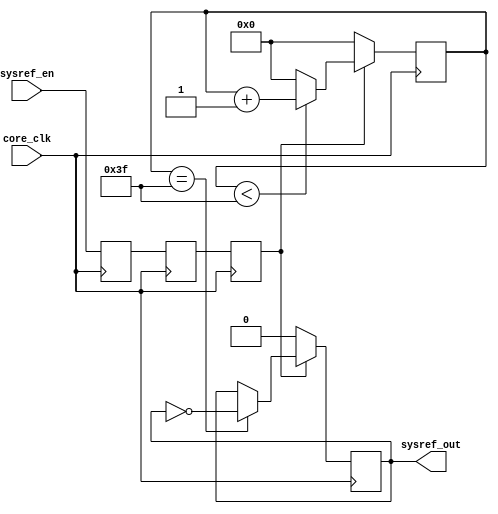
// ***************************************************************************
// ***************************************************************************
// Copyright 2016(c) Analog Devices, Inc.
//
// All rights reserved.
//
// Redistribution and use in source and binary forms, with or without modification,
// are permitted provided that the following conditions are met:
//     - Redistributions of source code must retain the above copyright
//       notice, this list of conditions and the following disclaimer.
//     - Redistributions in binary form must reproduce the above copyright
//       notice, this list of conditions and the following disclaimer in
//       the documentation and/or other materials provided with the
//       distribution.
//     - Neither the name of Analog Devices, Inc. nor the names of its
//       contributors may be used to endorse or promote products derived
//       from this software without specific prior written permission.
//     - The use of this software may or may not infringe the patent rights
//       of one or more patent holders.  This license does not release you
//       from the requirement that you obtain separate licenses from these
//       patent holders to use this software.
//     - Use of the software either in source or binary form, must be run
//       on or directly connected to an Analog Devices Inc. component.
//
// THIS SOFTWARE IS PROVIDED BY ANALOG DEVICES "AS IS" AND ANY EXPRESS OR IMPLIED WARRANTIES,
// INCLUDING, BUT NOT LIMITED TO, NON-INFRINGEMENT, MERCHANTABILITY AND FITNESS FOR A
// PARTICULAR PURPOSE ARE DISCLAIMED.
//
// IN NO EVENT SHALL ANALOG DEVICES BE LIABLE FOR ANY DIRECT, INDIRECT, INCIDENTAL, SPECIAL,
// EXEMPLARY, OR CONSEQUENTIAL DAMAGES (INCLUDING, BUT NOT LIMITED TO, INTELLECTUAL PROPERTY
// RIGHTS, PROCUREMENT OF SUBSTITUTE GOODS OR SERVICES; LOSS OF USE, DATA, OR PROFITS; OR
// BUSINESS INTERRUPTION) HOWEVER CAUSED AND ON ANY THEORY OF LIABILITY, WHETHER IN CONTRACT,
// STRICT LIABILITY, OR TORT (INCLUDING NEGLIGENCE OR OTHERWISE) ARISING IN ANY WAY OUT OF
// THE USE OF THIS SOFTWARE, EVEN IF ADVISED OF THE POSSIBILITY OF SUCH DAMAGE.
// ***************************************************************************
// ***************************************************************************
// ***************************************************************************
// ***************************************************************************

`timescale 1ns/100ps

module ad_sysref_gen (

    input       core_clk,

    input       sysref_en,
    output reg  sysref_out
);

  // SYSREF period is multiple of core_clk, and has a duty cycle of 50%
  // NOTE: if SYSREF always on (this is a JESD204 IP configuration),
  // the period must be a correct multiple of the multiframe period
  parameter    SYSREF_PERIOD = 128;

  localparam   SYSREF_HALFPERIOD = SYSREF_PERIOD/2 - 1;

  reg  [ 7:0]   counter;
  reg           sysref_en_m1;
  reg           sysref_en_m2;
  reg           sysref_en_int;

  // bring the enable signal to JESD core clock domain
  always @(posedge core_clk) begin
    sysref_en_m1 <= sysref_en;
    sysref_en_m2 <= sysref_en_m1;
    sysref_en_int <= sysref_en_m2;
  end

  // free running counter for periodic SYSREF generation
  always @(posedge core_clk) begin
    if (sysref_en_int) begin
      counter <= (counter < SYSREF_HALFPERIOD) ? counter + 1 : 0;
    end else begin
      counter <= 0;
    end
  end

  // generate SYSREF
  always @(posedge core_clk) begin
    if (sysref_en_int) begin
      if (counter == SYSREF_HALFPERIOD) begin
        sysref_out <= ~sysref_out;
      end
    end else begin
      sysref_out <= 1'b0;
    end
  end

endmodule